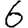
Digit: 6